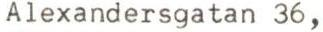
Alexandersgatan 36,